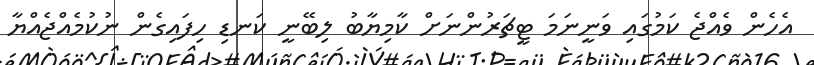
އެހެން ވެއްޖެ ކަމުގައި ވަނީނަމަ ޓީޗަރުންނަށް ކާމިޔާބު ލިބޭނީ ކަނޑި ހިފައިގެން ނުކުމެއްޖެއްޔާ